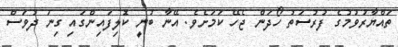
ތައްޔާރުވުމުގެ ފުރުސަތު ހޯދަން ޖެހޭ ކަމަށެވެ. އޭނާ ބުނީ ކޮލިފައިންގައި ގިނަ ދުވަސް